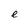
Character: e